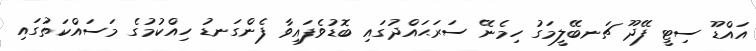
އައްޑޫ ސިޓީ ފޭދޫ ޗަނބޭލީމަގު ހިމެނޭ ސަރަޙައްދުގައި ބޮޑުވެފައިވާ ފެންގަނޑު ހިއްކުމުގެ މަސައްކަތުގައި